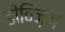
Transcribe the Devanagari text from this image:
डीविज़न